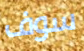
سوف